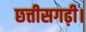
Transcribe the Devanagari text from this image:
छत्तीसगढ़ी।